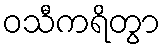
ဝသီကရိတွာ